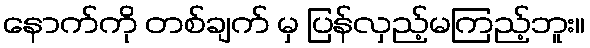
နောက်ကို တစ်ချက် မှ ပြန်လှည့်မကြည့်ဘူး။